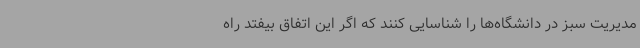
مدیریت سبز در دانشگاه‌ها را شناسایی کنند که اگر این اتفاق بیفتد راه